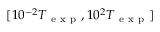
[ 1 0 ^ { - 2 } T _ { \mathrm { ~ e ~ x ~ p ~ } } , 1 0 ^ { 2 } T _ { \mathrm { ~ e ~ x ~ p ~ } } ]